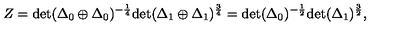
Z = \mathrm { d e t } ( \Delta _ { 0 } \oplus \Delta _ { 0 } ) ^ { - \frac { 1 } { 4 } } \mathrm { d e t } ( \Delta _ { 1 } \oplus \Delta _ { 1 } ) ^ { \frac { 3 } { 4 } } = \mathrm { d e t } ( \Delta _ { 0 } ) ^ { - \frac { 1 } { 2 } } \mathrm { d e t } ( \Delta _ { 1 } ) ^ { \frac { 3 } { 2 } } ,